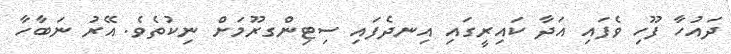
ދައުހާ ފޫހި ވެފައި އަދާ ކައިރީގައި އިނދެފައި ސިޓިންގރޫމަށް ނިކުތެވެ. އޭރު ނަބާހާ